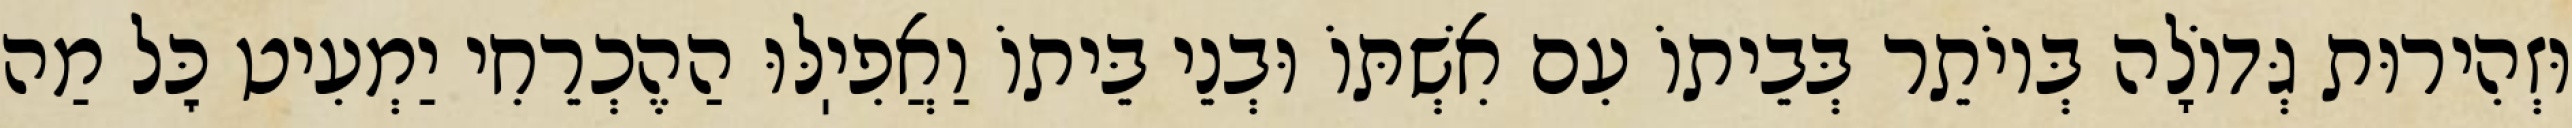
וּזְהִירוּת גְּדוֹלָה בְּיוֹתֵר בְּבֵיתוֹ עִם אִשְׁתּוֹ וּבְנֵי בֵּיתוֹ וַאֲפִיֽלּוּ הַהֶכְרֵחִי יַמְעִיט כׇּל מַה